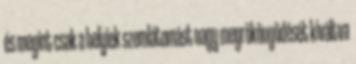
és megint csak a helyiek szemlátomást nagy megrökönyödését kiváltva